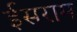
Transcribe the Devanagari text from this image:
ईसराम